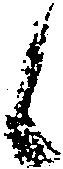
候